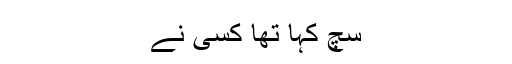
سچ کہا تھا کسی نے